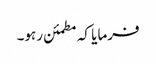
فرمایا کہ مطمئن رہو۔